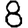
Digit: 8